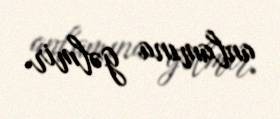
anlamına gəlmir.